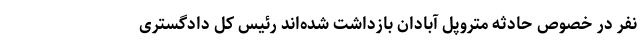
نفر در خصوص حادثه متروپل آبادان بازداشت شده‌اند رئیس کل دادگستری